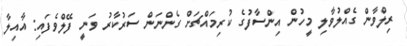
ރިލްވާން ގެއްލުވާލި މީހުން އިންސާފުގެ ކުރިމައްޗަށް ގެންނަން ސަރުކާރު ވަނީ ފޭލްވެފައި: އާއިލާ